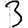
Digit: 3